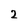
Character: 2